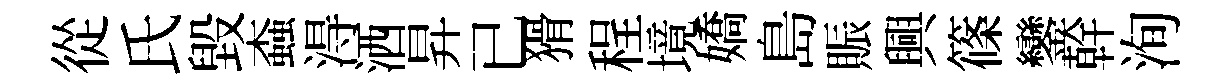
從氏毀螙淂洒昇已猾程境嬌島賑興篠鑾幹洵